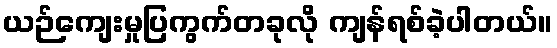
ယဉ်ကျေးမှုပြကွက်တခုလို ကျန်ရစ်ခဲ့ပါတယ်။